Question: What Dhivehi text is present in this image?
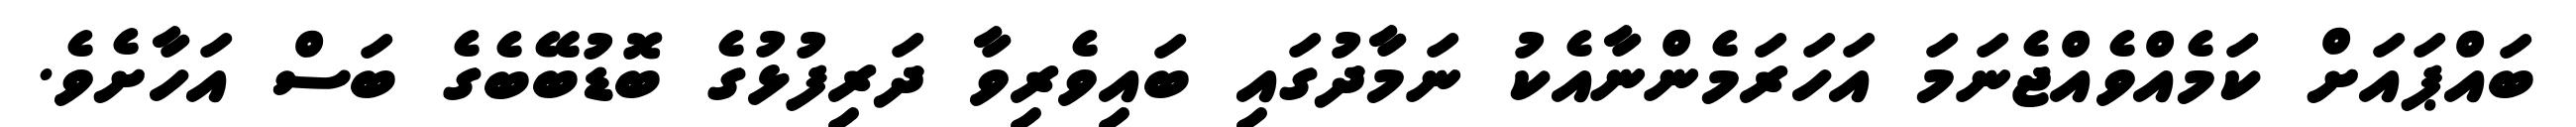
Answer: ބައްޕައަށް ކަމެއްވެއްޖެނަމަ އަހަރަމެންނާއެކު ނަމާދުގައި ބައިވެރިވާ ދަރިފުޅުގެ ބޮޑުބޭބެގެ ބަސް އަހާށެވެ.